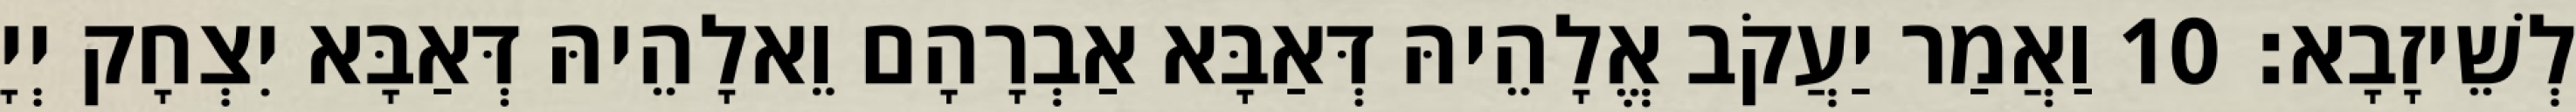
לְשֵׁיזָבָא׃ 10 וַאֲמַר יַעֲקֹב אֱלָהֵיהּ דְּאַבָּא אַבְרָהָם וֵאלָהֵיהּ דְּאַבָּא יִצְחָק יְיָ